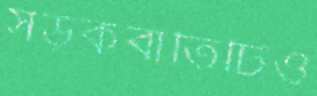
সড়কবাতিটিও